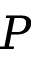
P